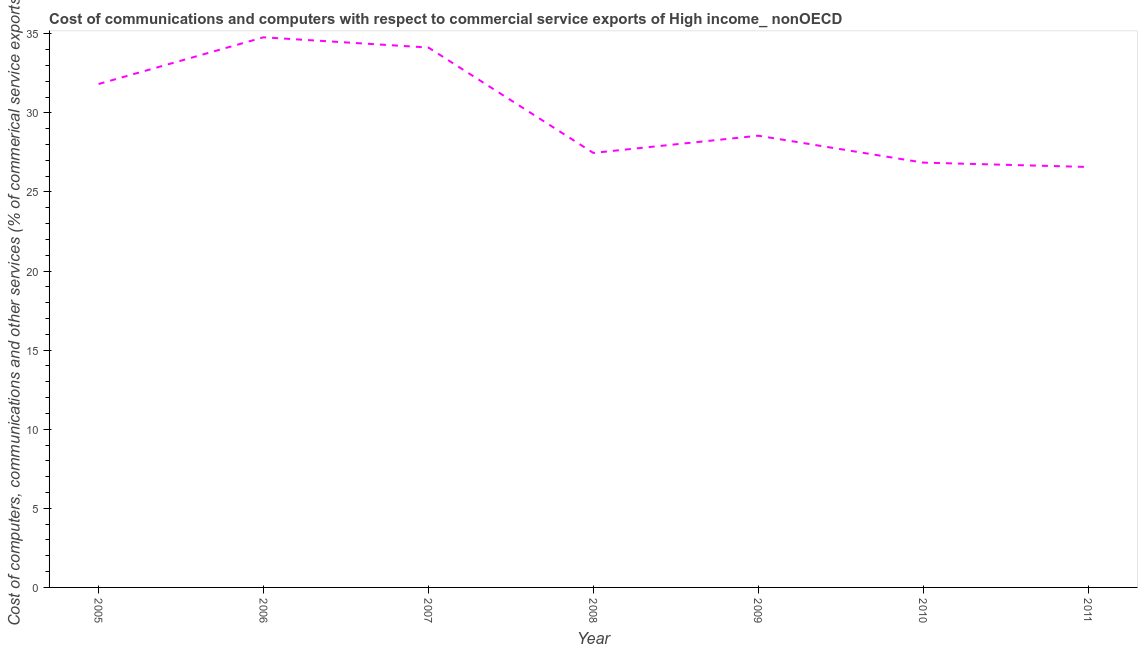
| Year | Computer |
 | --- | --- |
 | 2005 | 31.8 |
 | 2006 | 34.8 |
 | 2007 | 34.1 |
 | 2008 | 27.5 |
 | 2009 | 28.6 |
 | 2010 | 26.9 |
 | 2011 | 26.6 |